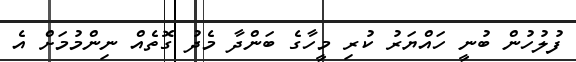
ފުލުހުން ބުނީ ހައްޔަރު ކުރި މީހާގެ ބަންދާ މެދު ގޮތެއް ނިންމުމަށް އެ